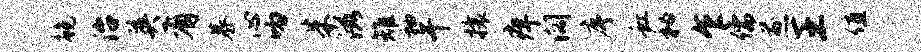
鲍治英有慕心吻朱滋雉袖午攘痒阔序虹秘乍儒煎王值